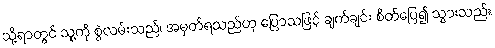
သို့ရာတွင် သူ့ကို စွဲလမ်းသည်၊ အမှတ်ရသည်ဟု ပြောသဖြင့် ချက်ချင်း စိတ်ပြေ၍ သွားသည်။